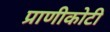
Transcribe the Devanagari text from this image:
प्राणीकोटी